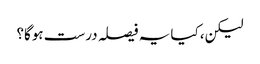
لیکن، کیا یہ فیصلہ درست ہوگا؟